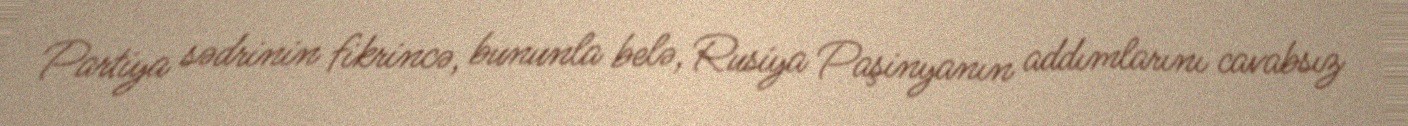
Partiya sədrinin fikrincə, bununla belə, Rusiya Paşinyanın addımlarını cavabsız